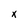
Character: x